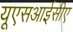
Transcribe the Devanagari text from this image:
यूएसआईसीए